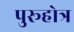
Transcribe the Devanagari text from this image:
पुरूहोत्र